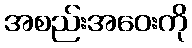
အစည်းအဝေးကို